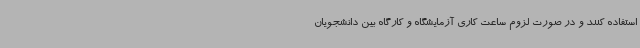
استفاده کنند و در صورت لزوم ساعت کاری آزمایشگاه و کارگاه بین دانشجویان